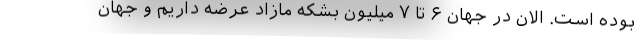
بوده است. الان در جهان ۶ تا ۷ میلیون بشکه مازاد عرضه داریم و جهان